65_HS1-834228961_62-HQ-83894_Serial_130
Agency: FBI
Page 40
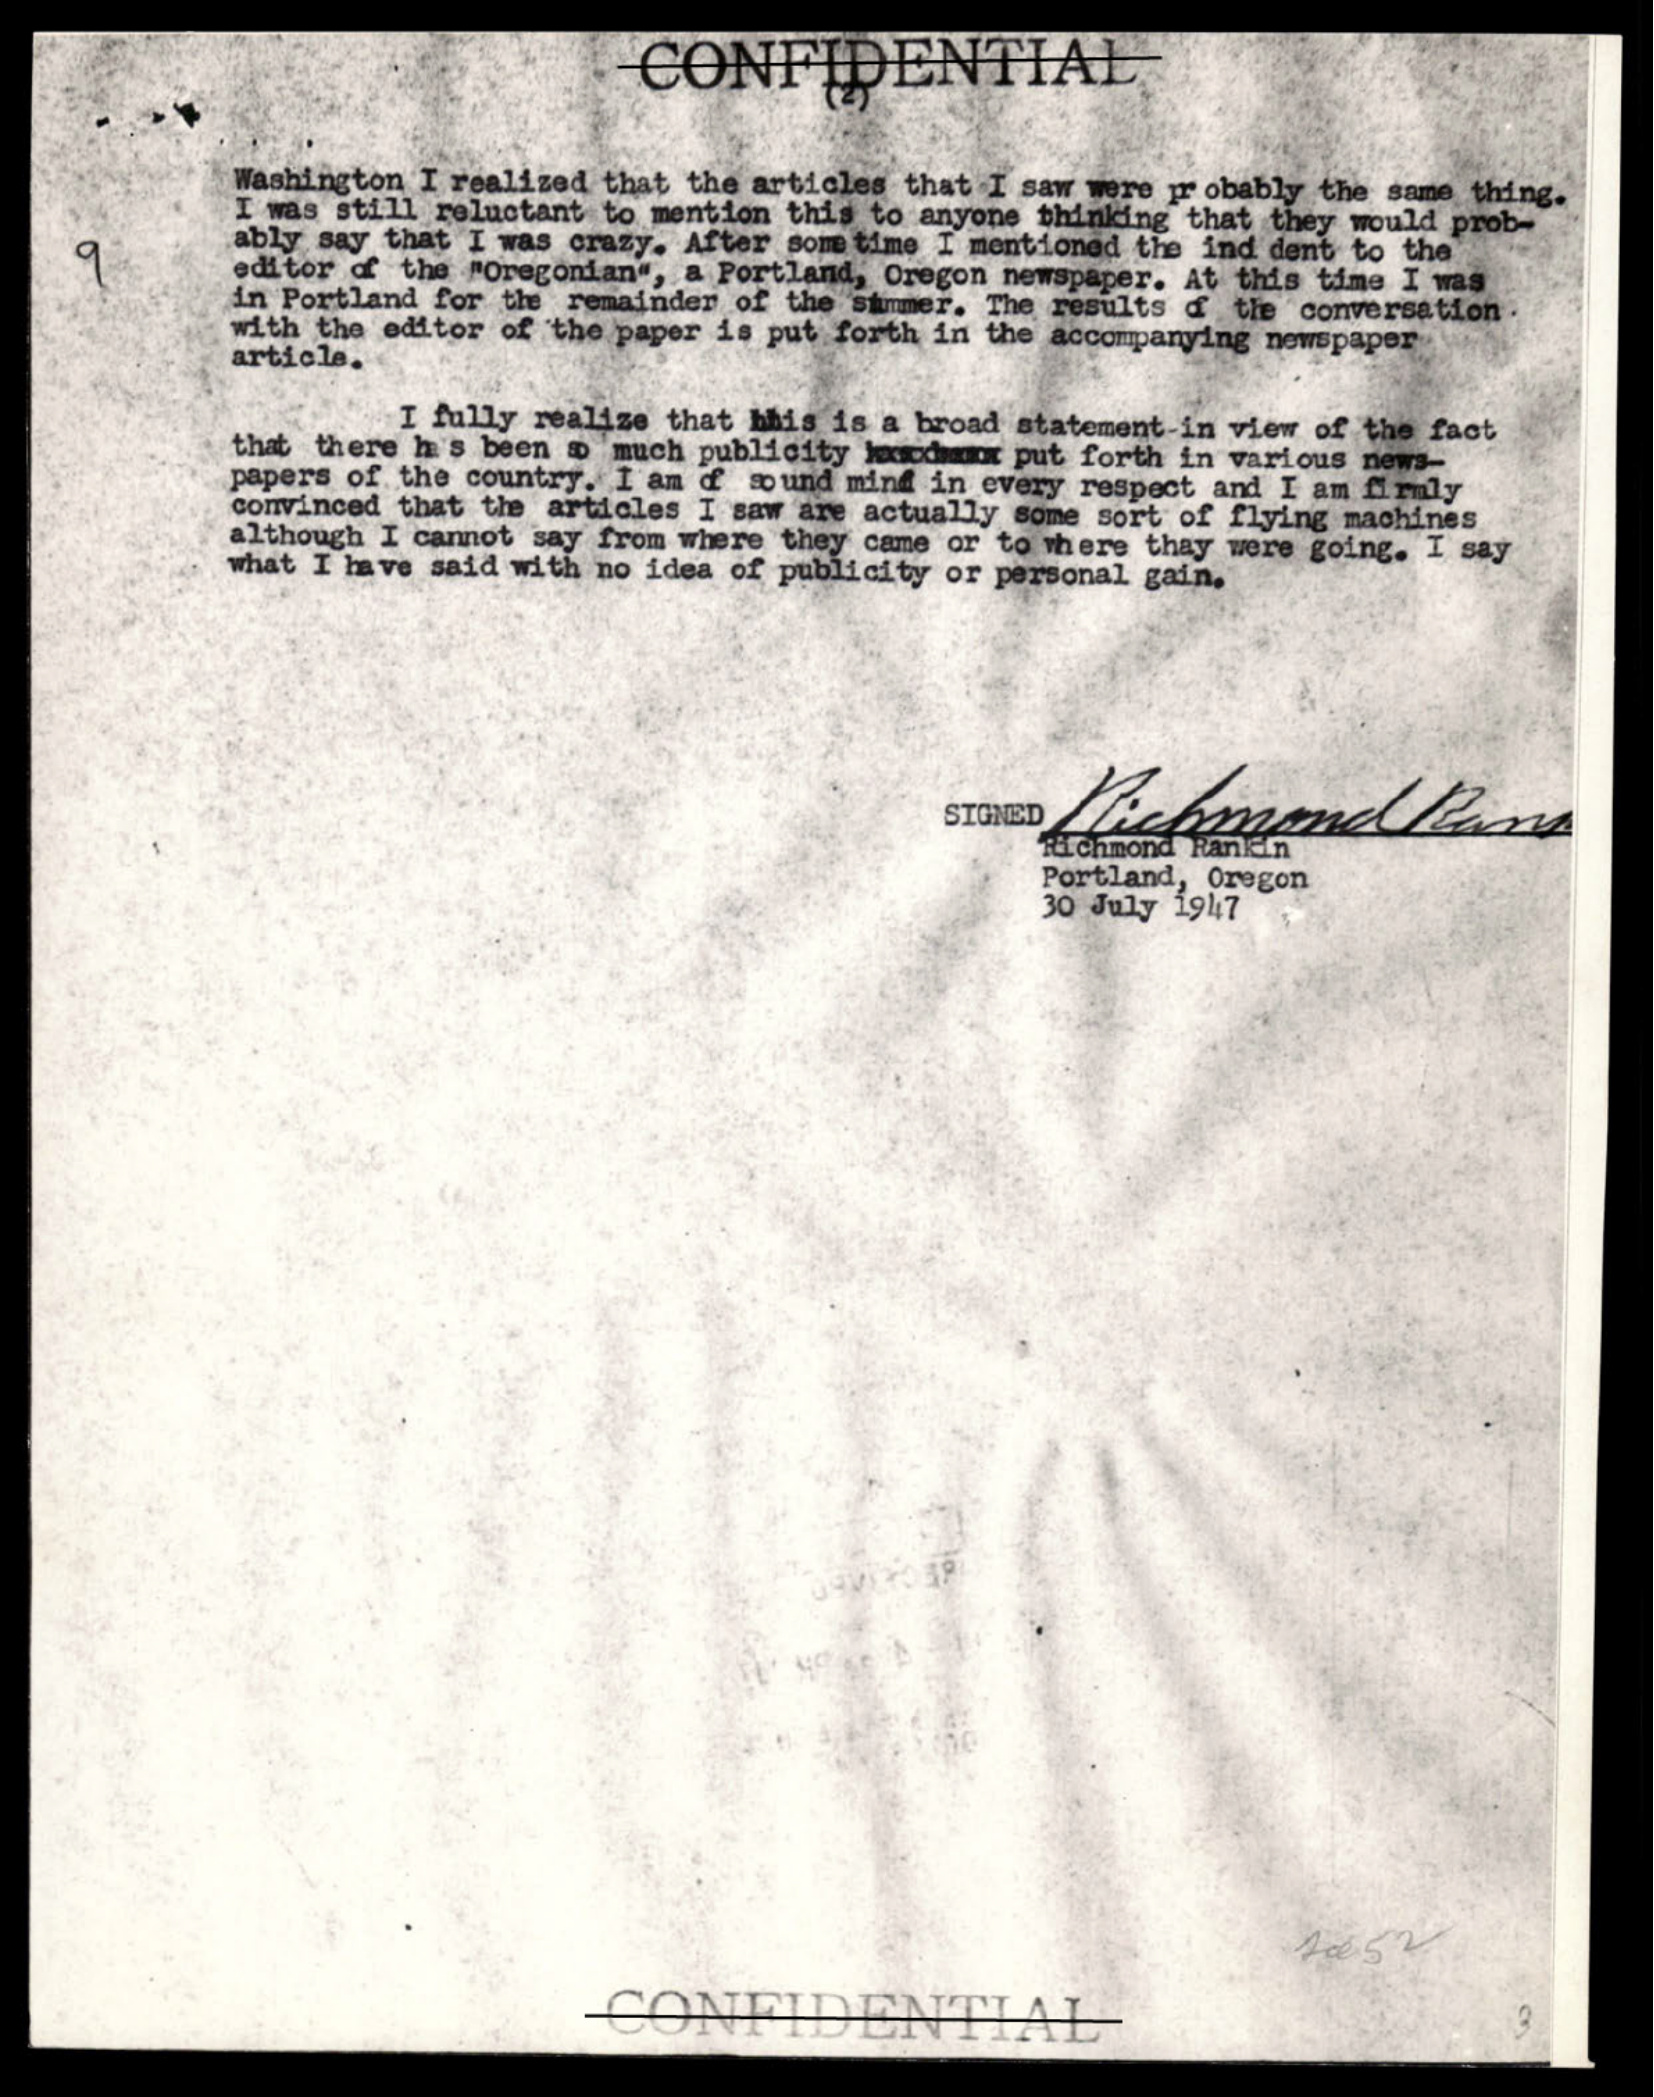